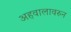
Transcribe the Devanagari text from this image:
अहवालावरुन